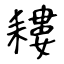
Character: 耬